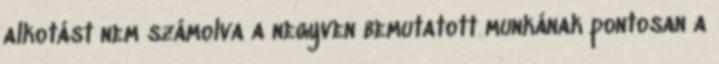
alkotást nem számolva a negyven bemutatott munkának pontosan a